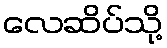
လေဆိပ်သို့